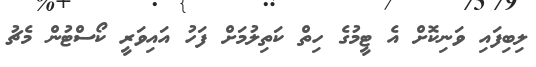
ލިބިފައި ވަނިކޮށް އެ ޓީމުގެ ހިތް ކަތިލުމަށް ފަހު އައިވަރީ ކޯސްޓުން މެޗު